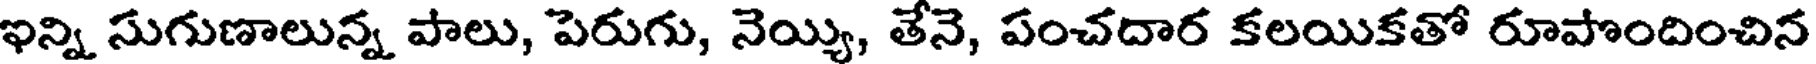
ఇన్ని సుగుణాలున్న పాలు, పెరుగు, నెయ్యి, తేనె, పంచదార కలయికతో రూపొందించిన